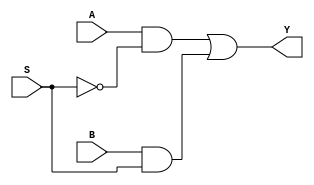
`timescale 1ns / 1ps
//////////////////////////////////////////////////////////////////////////////////
// Company: 
// Engineer: 
// 
// Design Name: 
// Module Name: MUX2X1
// Project Name: 
// Target Devices: 
// Tool Versions: 
// Description: 
// 
// Dependencies: 
// 
// Revision:
// Revision 0.01 - File Created
// Additional Comments:
// 
//////////////////////////////////////////////////////////////////////////////////


module MUX2X1(A,B,S,Y);
input A,B,S;
output Y;
wire A_S,B_S,S_n;
not i0(S_n,S);
and i1(A_S,A,S_n);
and i2(B_S,B,S);
or i3(Y,A_S,B_S);
endmodule